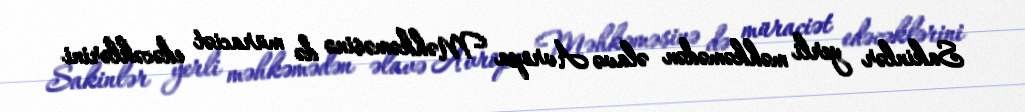
Sakinlər yerli məhkəmədən əlavə Avropa Məhkəməsinə də müraciət edəcəklərini